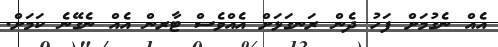
އެއް ނެގުމަށް ފަހު ދެން ރަނގަޅަށް އެއްވެސް ޓާރން އެއް ނެގޭނެ ކަމަށް.